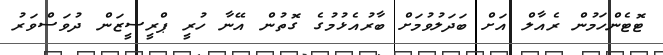
ޓޮޓެންހަމުން ރެއާލް އަށް ބަދަލުވުމަށް ބާރުއެޅުމުގެ ގޮތުން އޭނާ ހުރީ ޕްރީސީޒަން ދުވަސްވަރު